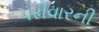
પરીવારની